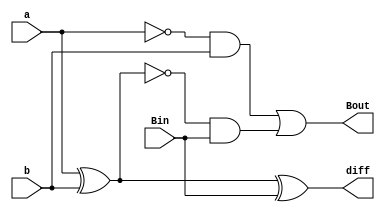
module FullSubtractor_structural( diff, Bout, a, b , Bin);
  output diff, Bout;
  input a, b, Bin;
  wire a_bar, axb, axb_bar, borrow1, borrow2;
  xor(axb, a, b);
  not(a_bar, a);
  and(borrow1, a_bar, b);
  xor(diff, axb, Bin);
  not(axb_bar,axb);
  and(borrow2, axb_bar, Bin);
  or(Bout, borrow1, borrow2);
endmodule